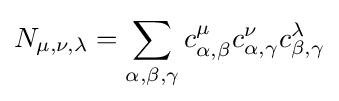
N_{\mu ,\nu ,\lambda }=\sum _{\alpha ,\beta ,\gamma }c_{\alpha ,\beta }^{\mu }c_{\alpha ,\gamma }^{\nu }c_{\beta ,\gamma }^{\lambda }